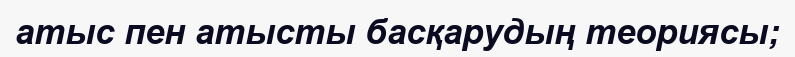
атыс пен атысты басқарудың теориясы;